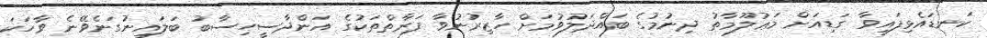
ކަނޑައެޅިފައިވާ ގަޑިއަށް މަޢުލޫމާތު ދިނުމުގެ ބައްދަލުވުމަށް ހާޒިރުނުވާ ފަރާތްތަކުގެ އަންދާސީހިސާބު ބަލައިނުގަނެވޭނެ ވާހަކަ